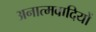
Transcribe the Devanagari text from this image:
अनात्मवादियों